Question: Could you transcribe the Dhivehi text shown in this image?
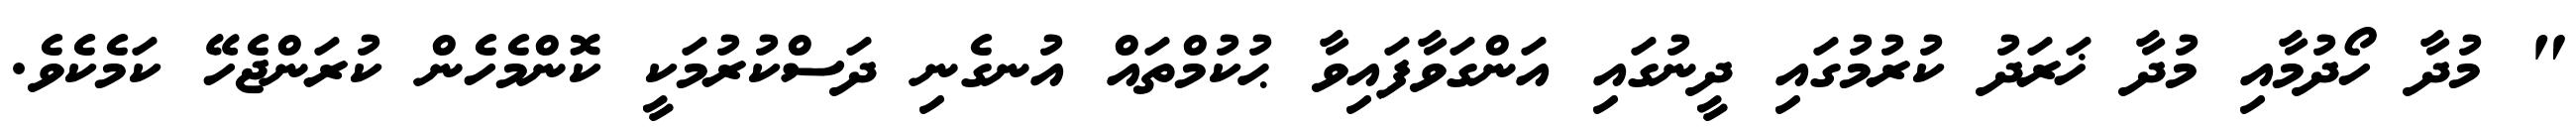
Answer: " މުދާ ހޯދުމާއި މުދާ ޚަރަދު ކުރުމުގައި ދީނުގައި އަންގަވާފައިވާ ޙުކުމްތައް އުނގެނި ދަސްކުރުމަކީ ކޮންމެހެން ކުރަންޖެހޭ ކަމެކެވެ.